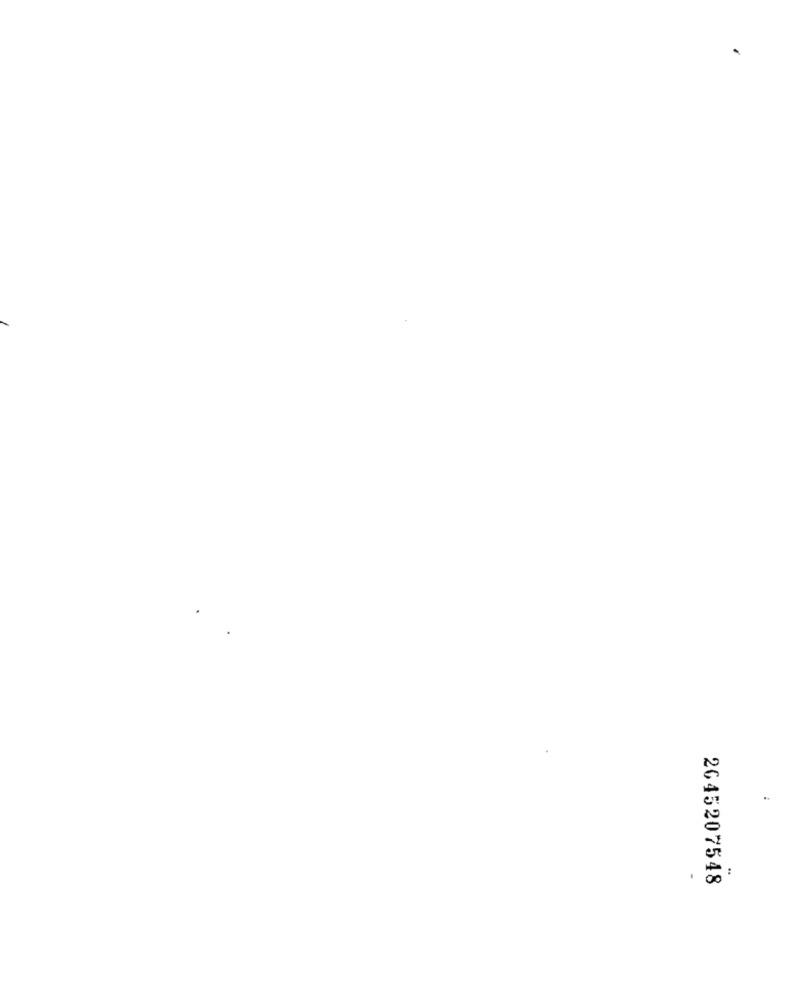
2645207548